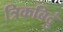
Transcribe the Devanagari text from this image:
त्रिकबिदुं